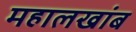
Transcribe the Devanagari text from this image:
महालखांब